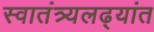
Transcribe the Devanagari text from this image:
स्वातंत्र्यलढ्यांत